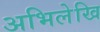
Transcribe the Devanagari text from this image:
अभिलेखि